Scottish Certificate of Education, 1963
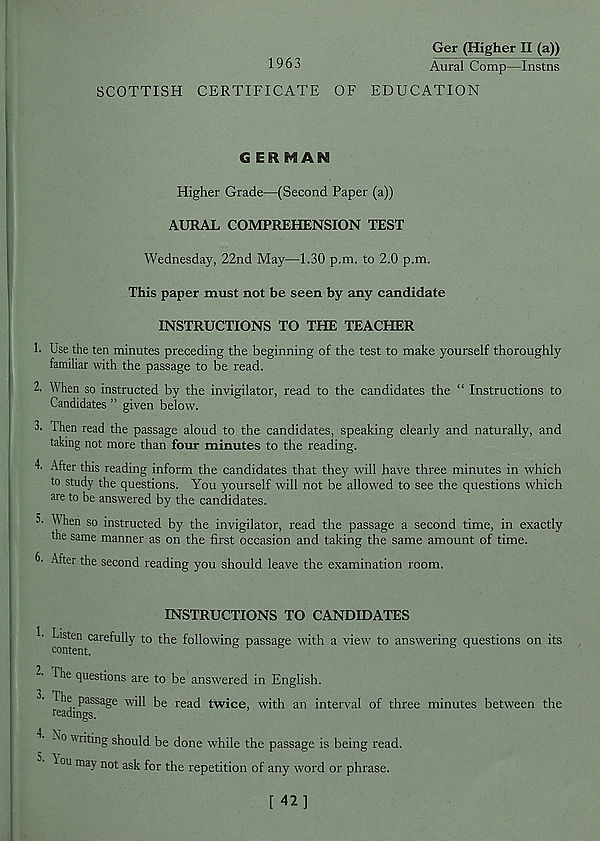
1963
Ger (Higher II (a))
Aural Comp—Instns
SCOTTISH CERTIFICATE OF EDUCATION
G EREVAN
Higher Grade—(Second Paper (a))
AURAL COMPREHENSION TEST
Wednesday, 22nd May—1.30 p.m. to 2.0 p.m.
This paper must not be seen by any candidate
INSTRUCTIONS TO THE TEACHER
1. Use the ten minutes preceding the beginning of the test to make yourself thoroughly
familiar with the passage to be read.
2. When so instructed by the invigilator, read to the candidates the “ Instructions to
Candidates ” given below.
3. Then read the passage aloud to the candidates, speaking clearly and naturally, and
taking not more than four minutes to the reading.
4- After this reading inform the candidates that they will have three minutes in which
to study the questions. You yourself will not be allowed to see the questions which
ate to be answered by the candidates.
5 - When so instructed by the invigilator, read the passage a second time, in exactly
the same manner as on the first occasion and taking the same amount of time.
After the second reading you should leave the examination room.
INSTRUCTIONS TO CANDIDATES
1- Listen carefully to the following passage with a view to answering questions on its
The questions are to be answered in English.
3 Th e passage will be read twice, with an interval of three minutes between the
readings.
4 v - o writing should be done while the passage is being read.
^ou m ay not as j. f or t j ie re p et j t j on 0 f an y worc j or phrase.
[ 42]